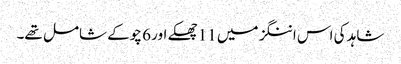
شاہد کی اس اننگز میں 11 چھکے اور 6 چوکے شامل تھے۔